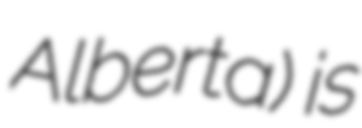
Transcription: Alberta) is